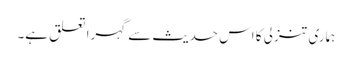
ہماری تنزلی کا اس حدیث سے گہرا تعلق ہے۔